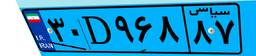
۶۱D۱۶۶۶۰